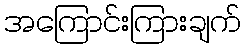
အကြောင်းကြားချက်